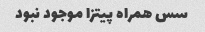
سس همراه پیتزا موجود نبود